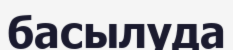
басылуда